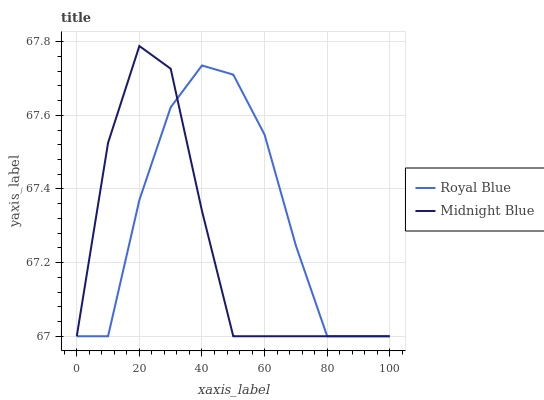
| xaxis_label | Royal Blue | Midnight Blue |
 | --- | --- | --- |
 | 0 | 67 | 67 |
 | 10 | 67 | 67.5 |
 | 20 | 67.4 | 67.8 |
 | 30 | 67.6 | 67.7 |
 | 40 | 67.7 | 67.3 |
 | 50 | 67.7 | 67 |
 | 60 | 67.5 | 67 |
 | 70 | 67.2 | 67 |
 | 80 | 67 | 67 |
 | 90 | 67 | 67 |
 | 100 | 67 | 67 |